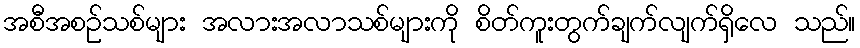
အစီအစဉ်သစ်များ အလားအလာသစ်များကို စိတ်ကူးတွက်ချက်လျက်ရှိလေ သည်။